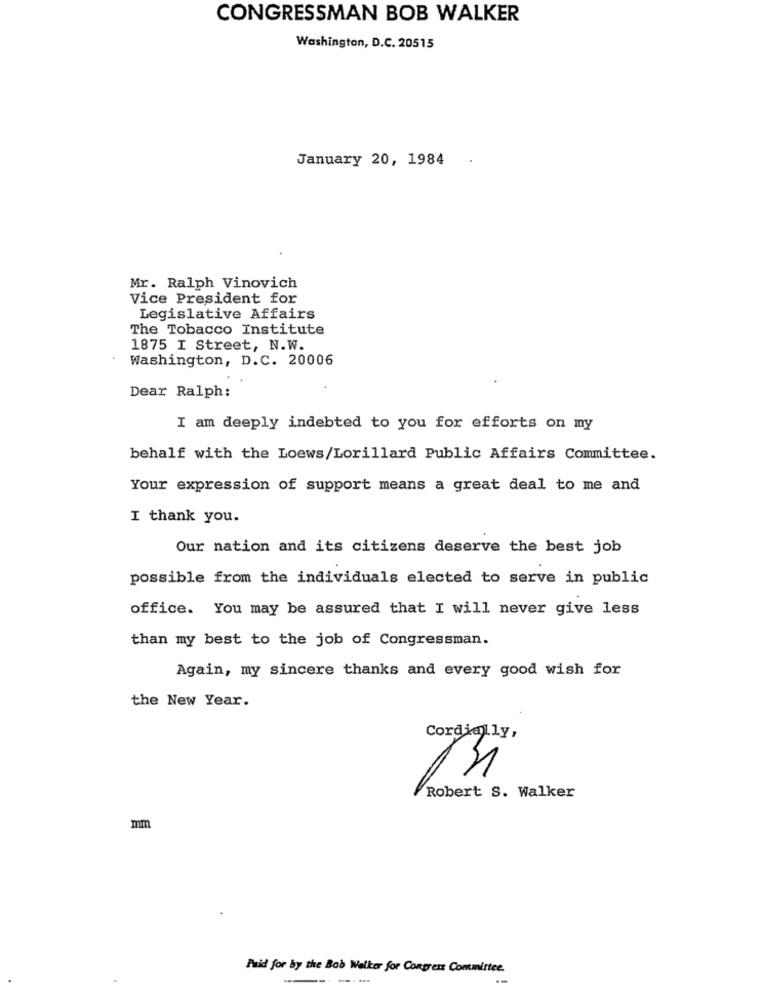
CONGRESSMAN BOB WALKER
Washington, D.C. 20515
January 20, 1984
Mr. Ralph Vinovich
Vice President for
Legislative Affairs
The Tobacco Institute
1875 I Street, N.W.
Washington, D.C. 20006
Dear Ralph:
I am deeply indebted to you for efforts on my
behalf with the Loews/Lorillard Public Affairs Committee.
Your expression of support means a great deal to me and
I thank you.
Our nation and its citizens deserve the best job
possible from the individuals elected to serve in public
office. You may be assured that I will never give less
than my best to the job of Congressman.
Again, my sincere thanks and every good wish for
the New Year.
Cordially,
Robert S. Walker
mm
Paid for by the Bob Welker for Congress Committee.
-